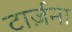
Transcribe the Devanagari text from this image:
टार्ज़ना